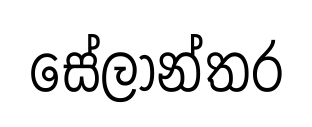
සේලාන්තර